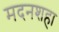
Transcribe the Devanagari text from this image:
मदनशहा